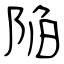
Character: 陥